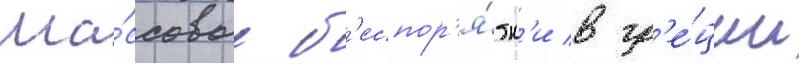
Ма́ссовые б'еспор'я́дк'и в гр'е́ции